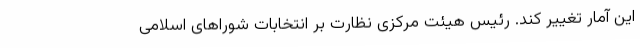
این آمار تغییر کند. رئیس هیئت مرکزی نظارت بر انتخابات شوراهای اسلامی